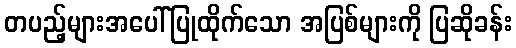
တပည့်များအပေါ်ပြုထိုက်သော အပြစ်များကို ပြဆိုခန်း